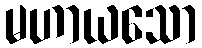
မဟာယသော